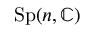
\mathrm { S p } ( n , \mathbb { C } )